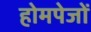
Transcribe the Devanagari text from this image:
होमपेजों